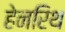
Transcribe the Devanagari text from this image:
हेनरिथ